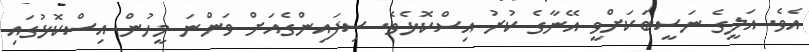
އެވެ. އަލީގެ ނަސީބަކަށްވީ އޭނާގެ ކުރު އިސްކޮޅެވެ. ސިފައިންގެއަށް ވަންނަ މީހުން އިސްކޮޅުގައި